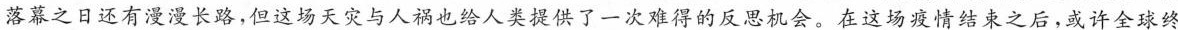
落幕之日还有漫漫长路，但这场天灾与人祸也给人类提供了一次难得的反思机会。在这场疫情结束之后，或许全球终